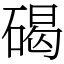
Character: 碣